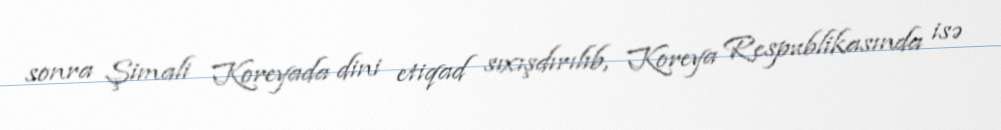
sonra Şimali Koreyada dini etiqad sıxışdırılıb, Koreya Respublikasında isə